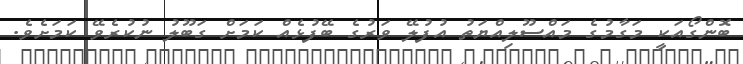
ބޮންގޯއަކީ މަގާމުގެ މައްސޫލިއްޔަތު އުފުލޭ ވަރުގެ ބޭފުޅެއް ކަމަށް ގަބޫލު ނުކުރެވޭ ކަމަށެވެ.